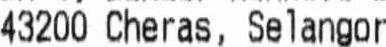
43200 CHERAS, SELANGOR